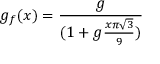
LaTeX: g _ { f } ( x ) = { \frac { g } { ( 1 + g { \frac { x \pi \sqrt { 3 } } { 9 } } ) } }